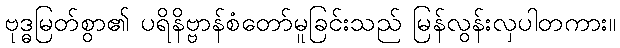
ဗုဒ္ဓမြတ်စွာ၏ ပရိနိဗ္ဗာန်စံတော်မူခြင်းသည် မြန်လွန်းလှပါတကား။